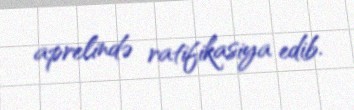
aprelində ratifikasiya edib.